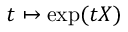
t \mapsto \exp ( t X )